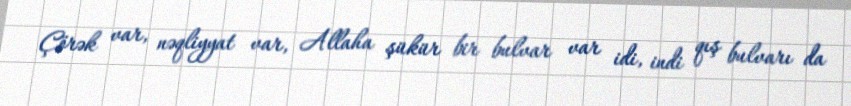
Çörək var, nəqliyyat var, Allaha şükür bir bulvar var idi, indi qış bulvarı da